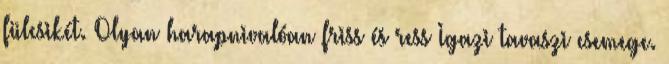
fülcsikét. Olyan harapnivalóan friss és ress Igazi tavaszi csemege.